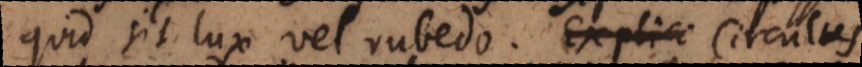
quid sit lux vel rubedo. Circulus